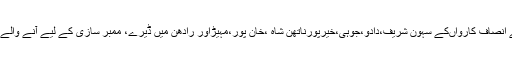
دادو (جی پی آئی) پی ٹی آئی کے انصاف کارواںکے سہون شریف،دادو،جوہی،خیرپورناتھن شاہ ،خان پور،مہیڑاور رادھن میں ڈیرے، ممبر سازی کے لیے آنے والے لوگوں کی لمبی لائینیںلگ گئی ۔